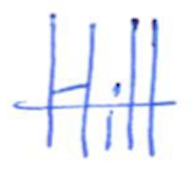
Text: Hill
Cross-out: single-line
Writing tool: ballpoint